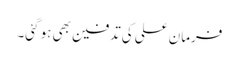
فرمان علی کی تدفین بھی ہو گئی۔